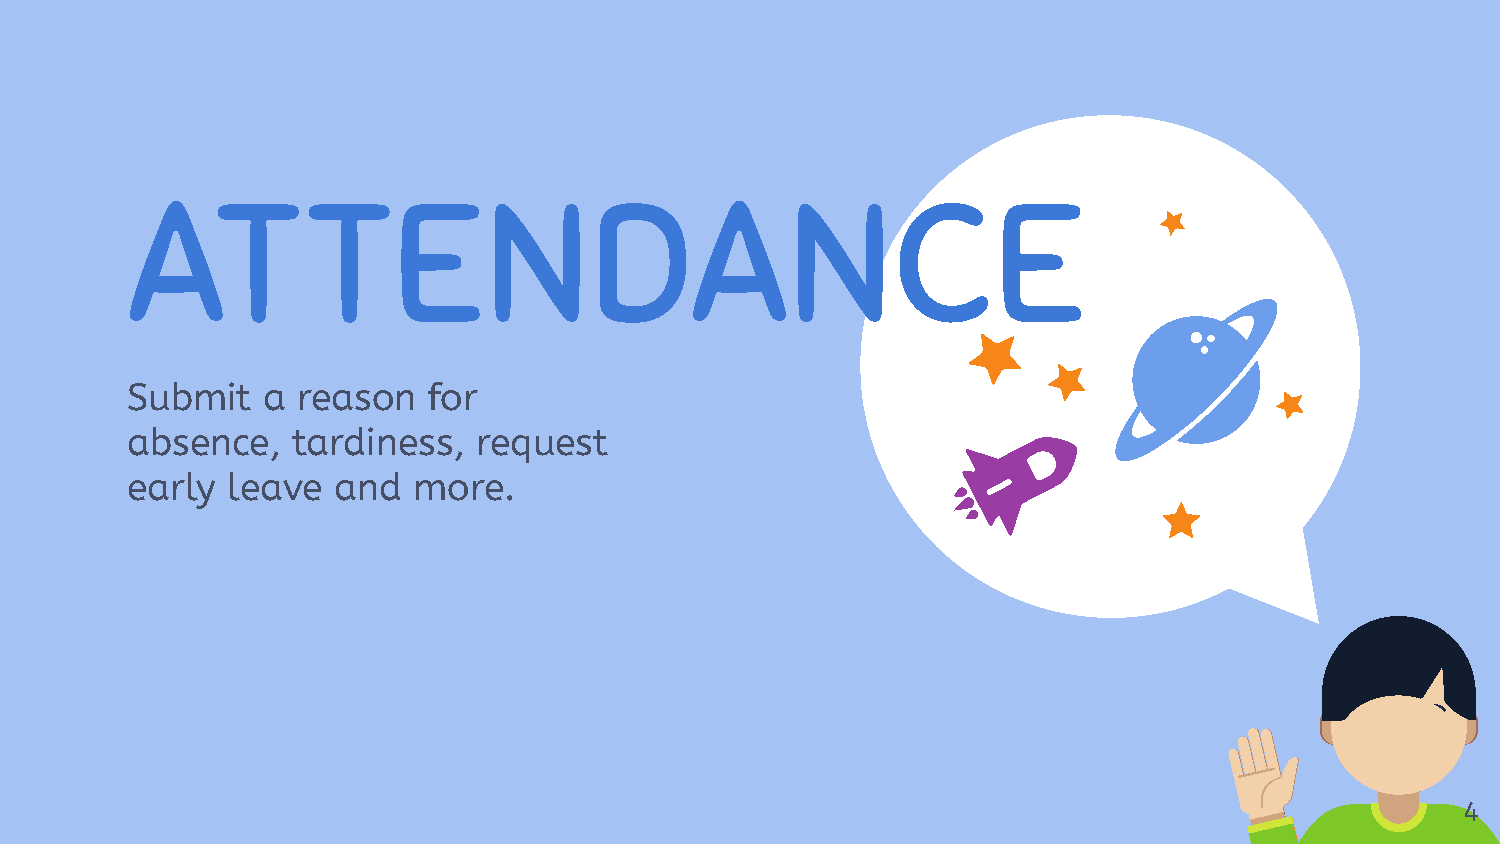
ATTENDANCE
 Submit   a  reason  for
 absence,   tardiness,   request
 early  leave  and  more.
 4